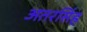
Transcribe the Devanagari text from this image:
अतरसिंह